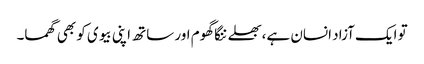
تو ایک آزاد انسان ہے،بھلے ننگا گھوم اور ساتھ اپنی بیوی کو بھی گھما۔